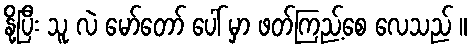
နို့ပြီး သူ လဲ မော်တော် ပေါ် မှာ ဖတ်ကြည့်စေ လေသည် ။